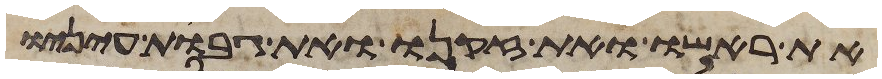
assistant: את ראשו ואת זקנו ואת גבות עיניו